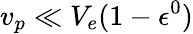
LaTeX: v_{p}\ll V_{e}(1-\epsilon^{0})